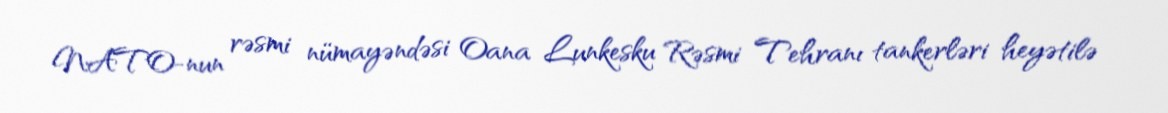
NATO-nun rəsmi nümayəndəsi Oana Lunkesku Rəsmi Tehranı tankerləri heyətilə